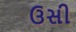
ઉસી